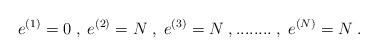
LaTeX: \begin{align*}e^{(1)} = 0 \; , \; e^{(2)} = N \; , \;e^{(3)} = N \; , ........ \; , \; e^{(N)} = N \; .\end{align*}